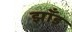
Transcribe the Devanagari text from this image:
झाँड